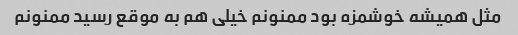
مثل همیشه خوشمزه بود ممنونم خیلی هم به موقع رسید ممنونم